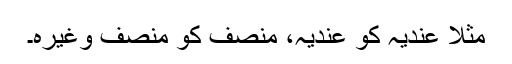
مثلاً عِندیہ کو عَندیہ، منصِف کو منصَف وغیرہ۔